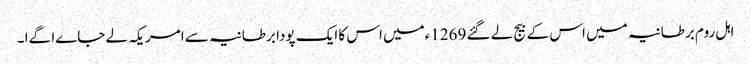
اہل روم برطانیہ میں اس کے بیج لے گئے 1269ءمیں اس کا ایک پودا برطانیہ سے امریکہ لے جاےا گےا ۔